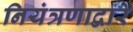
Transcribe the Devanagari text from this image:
नियंत्रणाद्वारे